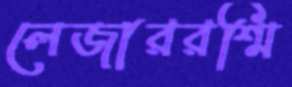
লেজাররশ্মি